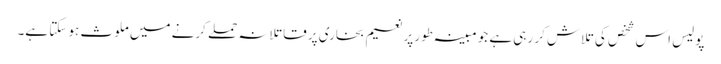
پولیس اس شخص کی تلاش کر رہی ہے جو مبینہ طور پر نعیم بخاری پر قاتلانہ حملے کرنے میں ملوث ہو سکتا ہے۔